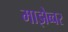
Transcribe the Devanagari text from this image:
माझेब्वर